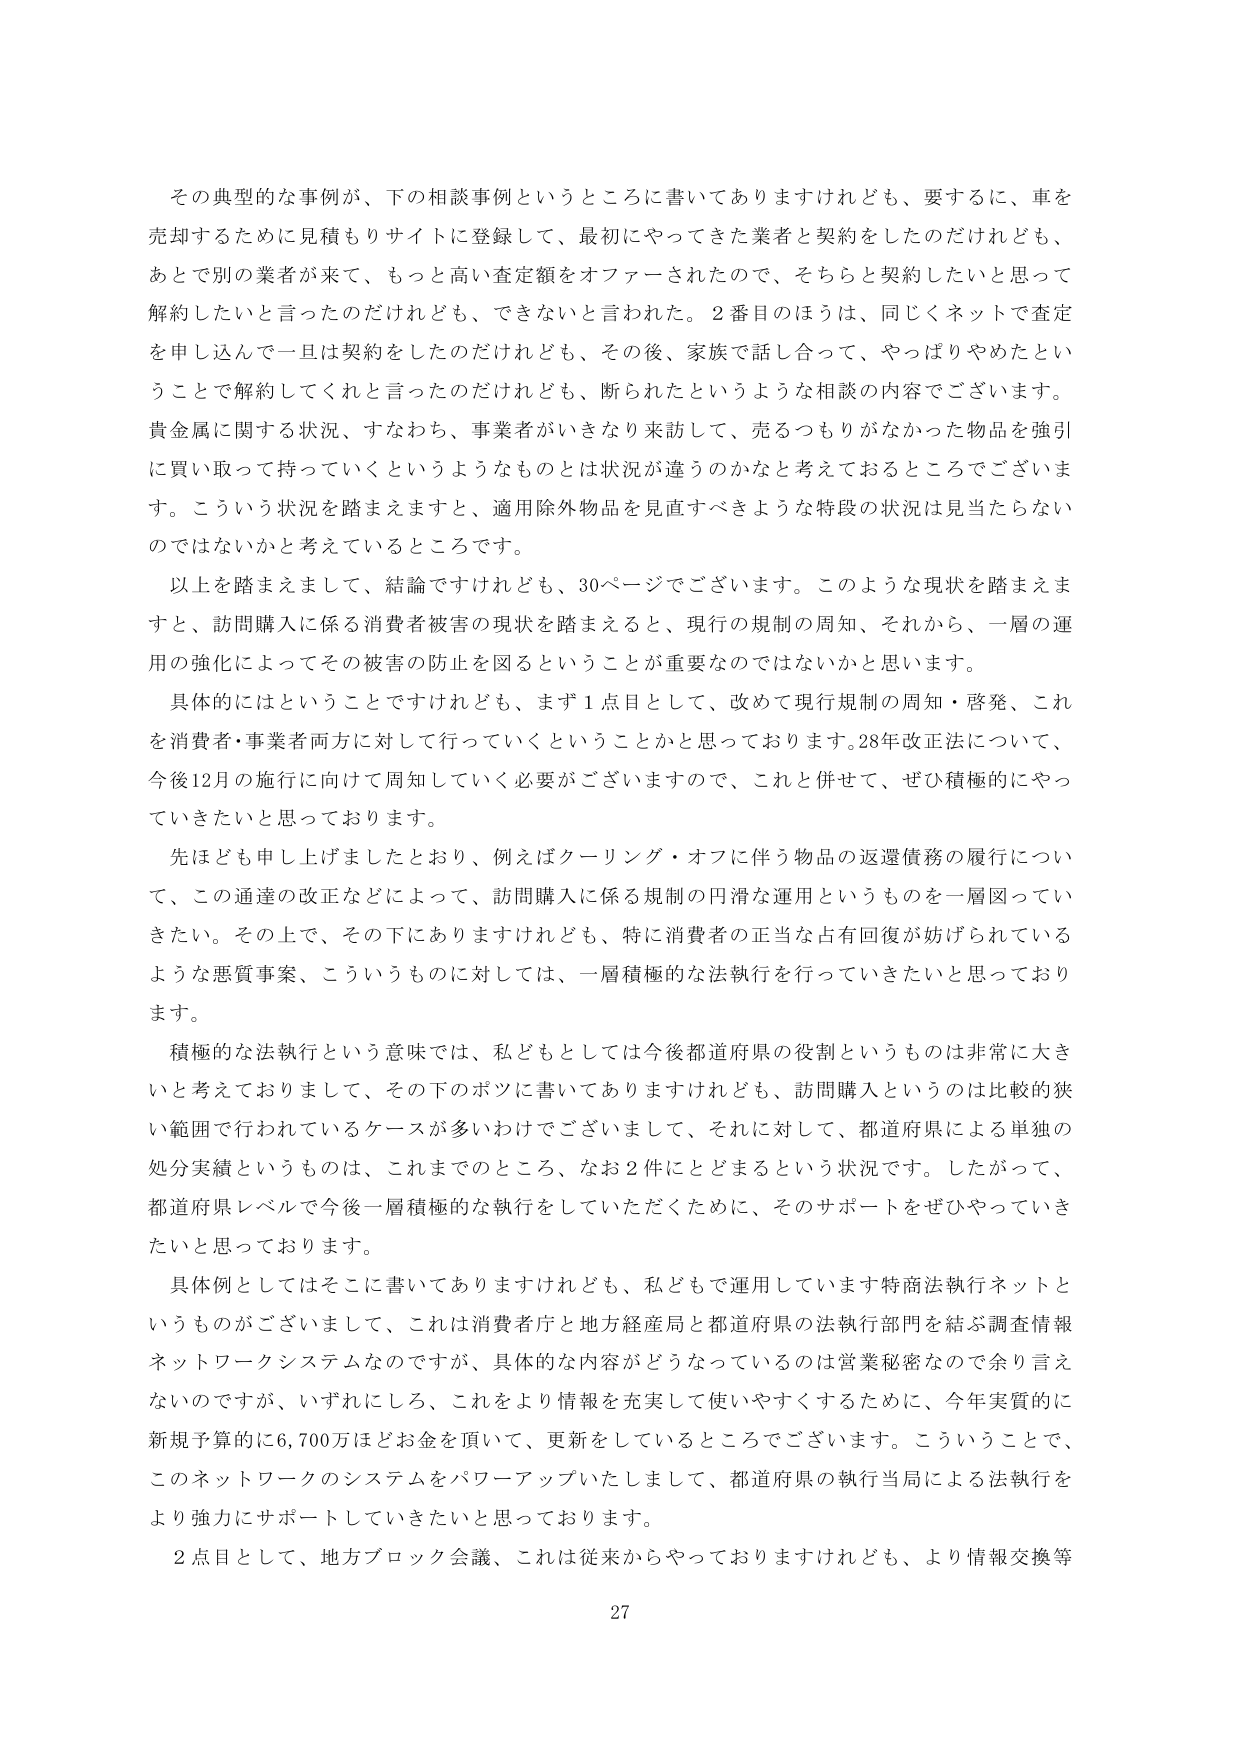
その典型的な事例が、下の相談事例というところに書いてありますけれども、要するに、車を売却するために見積もりサイトに登録して、最初にやってきた業者と契約をしたのだけれども、あとで別の業者が来て、もっと高い査定額をオファーされたので、そちらと契約したいと思って解約したいと言ったのだけれども、できないと言われた。２番目のほうは、同じくネットで査定を申し込んで一旦は契約をしたのだけれども、その後、家族で話し合って、やっぱりやめたということで解約してくれと言ったのだけれども、断られたというような相談の内容でございます。貴金属に関する状況、すなわち、事業者がいきなり来訪して、売るつもりがなかった物品を強引に買い取って持っていくというようなものとは状況が違うのかなと考えておるところでございます。こういう状況を踏まえますと、適用除外物品を見直すべきような特段の状況は見当たらないのではないかと考えているところです。

以上を踏まえまして、結論ですけれども、30ページでございます。このような現状を踏まえますと、訪問購入に係る消費者被害の現状を踏まえると、現行の規制の周知、それから、一層の運用の強化によってその被害の防止を図るということが重要なのではないかと思います。

具体的にはということですけれども、まず１点目として、改めて現行規制の周知・啓発、これを消費者・事業者両方に対して行っていくということかと思っております。28年改正法について、今後12月の施行に向けて周知していく必要がございますので、これと併せて、ぜひ積極的にやっていきたいと思っております。

先ほども申し上げましたとおり、例えばクーリング・オフに伴う物品の返還債務の履行について、この通達の改正などによって、訪問購入に係る規制の円滑な運用というものを一層図っていきたい。その上で、その下にありますけれども、特に消費者の正当な占有回復が妨げられているような悪質事案、こういうものに対しては、一層積極的な法執行を行っていきたいと思っております。

積極的な法執行という意味では、私どもとしては今後都道府県の役割というものは非常に大きいと考えておりまして、その下のポジに書いてありますけれども、訪問購入というのは比較的狭い範囲で行われているケースが多いわけでございまして、それに対して、都道府県による単独の処分実績というものは、これまでのところ、なお2件にとどまるという状況です。したがって、都道府県レベルで今後一層積極的な執行をしていただくために、そのサポートをぜひやっていきたいと思っております。

具体例としてはそこに書いてありますけれども、私どもで運用しています特商法執行ネットというものがございまして、これは消費者庁と地方経産局と都道府県の法執行部門を結ぶ調査情報ネットワークシステムなのですが、具体的な内容がどうなっているのは営業秘密なので余り言えないのですが、いずれにしろ、これをより情報を充実して使いやすくするために、今年実質的に新規予算的に6,700万ほどお金を頂いて、更新をしているところでございます。こういうことで、このネットワークのシステムをパワーアップいたしまして、都道府県の執行当局による法執行をより強力にサポートしていきたいと思っております。

２点目として、地方ブロック会議、これは従来からやっておりますけれども、より情報交換等

27